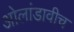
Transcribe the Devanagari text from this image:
ओलांडावीच